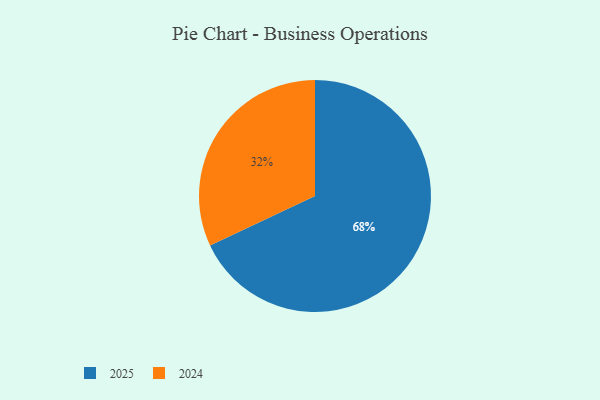
{"axis": {"x": "Category", "y": "Percentage"}, "legend": ["2024", "2025"], "data": [{"x": "2024", "y": 32, "type": "2024"}, {"x": "2025", "y": 68, "type": "2025"}]}